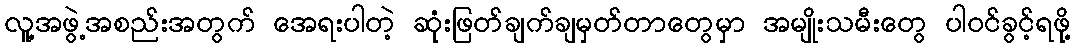
လူ့အဖွဲ့အစည်းအတွက် အေရးပါတဲ့ ဆုံးဖြတ်ချက်ချမှတ်တာတွေမှာ အမျိုးသမီးတွေ ပါဝင်ခွင့်ရဖို့